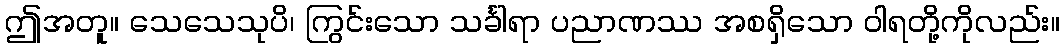
ဤအတူ။ သေသေသုပိ၊ ကြွင်းသော သင်္ခါရာ ပညာဏဿ အစရှိသော ဝါရတို့ကိုလည်း။